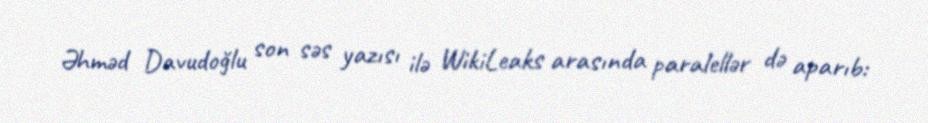
Əhməd Davudoğlu son səs yazısı ilə WikiLeaks arasında paralellər də aparıb: